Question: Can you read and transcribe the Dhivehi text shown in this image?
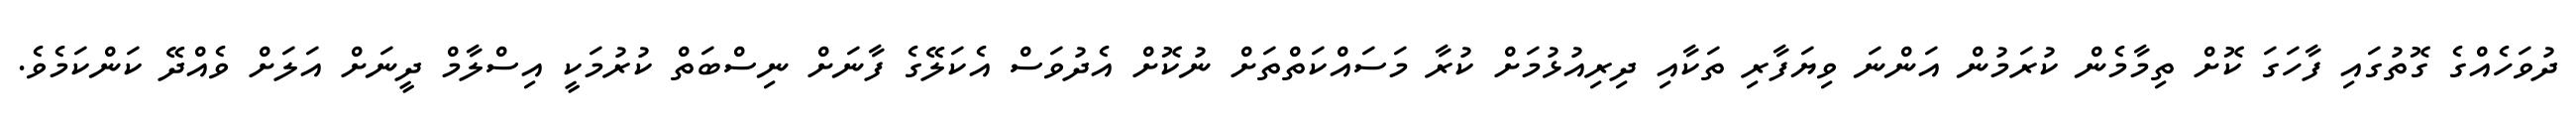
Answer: ދުވަހެއްގެ ގޮތުގައި ފާހަގަ ކޮށް ތިމާމެން ކުރަމުން އަންނަ ވިޔަފާރި ތަކާއި ދިރިއުޅުމަށް ކުރާ މަސައްކަތްތަށް ނުކޮށް އެދުވަސް އެކަލޭގެ ފާނަށް ނިސްބަތް ކުރުމަކީ އިސްލާމް ދީނަށް އަލަށް ވެއްދޭ ކަންކަމެވެ.